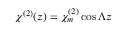
\chi ^ { ( 2 ) } ( z ) = \chi _ { m } ^ { ( 2 ) } \cos { \Lambda z }